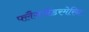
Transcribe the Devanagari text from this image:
फ्लैगजेंडरमेरिन